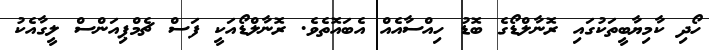
ހޯދި ކާމިޔާބީތަކުގައި ރޮނާލްޑޯގެ ބޮޑު ހިއްސާއެއް އެބައޮތެވެ. ރޮނާލްޑޯއަކީ ފަސް ޗެމްޕިއަންސް ލީގާއެކު